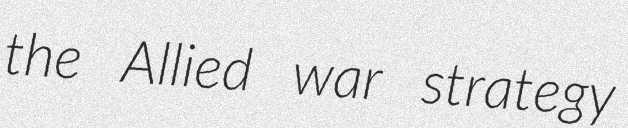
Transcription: the Allied war strategy